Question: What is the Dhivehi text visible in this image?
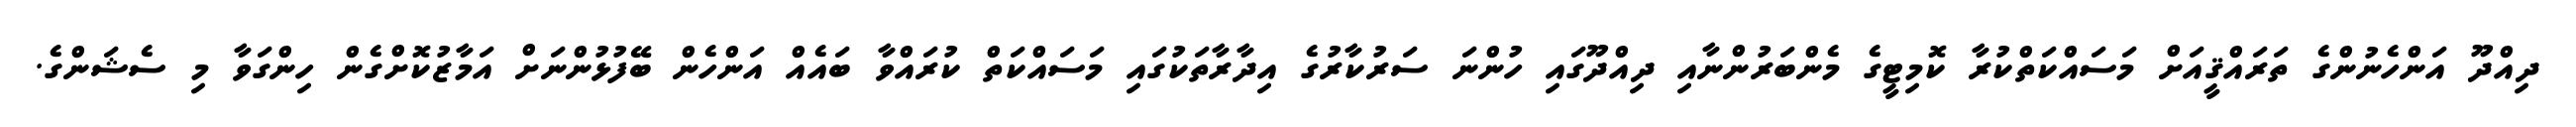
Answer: ދިއްދޫ އަންހެނުންގެ ތަރައްޤީއަށް މަސައްކަތްކުރާ ކޮމިޓީގެ މެންބަރުންނާއި ދިއްދޫގައި ހުންނަ ސަރުކާރުގެ އިދާރާތަކުގައި މަސައްކަތް ކުރައްވާ ބައެއް އަންހެން ބޭފުޅުންނަށް އަމާޒުކޮށްގެން ހިންގަވާ މި ސެޝަންގެ.